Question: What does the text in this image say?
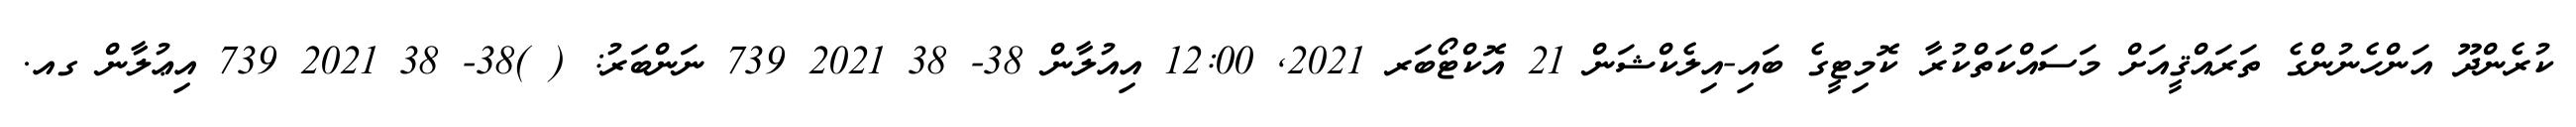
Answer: ކުރެންދޫ އަންހެނުންގެ ތަރައްޤީއަށް މަސައްކަތްކުރާ ކޮމިޓީގެ ބައި-އިލެކްޝަން 21 އޮކްޓޯބަރ 2021, 12:00 އިއުލާން 38- 38 2021 739 ނަންބަރު: ( )38- 38 2021 739 އިޢުލާން ގއ.